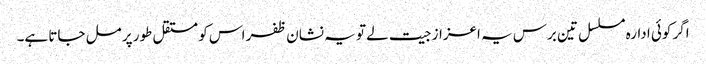
اگر کوئی ادارہ مسلسل تین برس یہ اعزاز جیت لے تو یہ نشان ظفر اس کو مستقل طور پر مل جاتا ہے۔